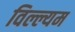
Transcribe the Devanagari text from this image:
विल्ल्यम